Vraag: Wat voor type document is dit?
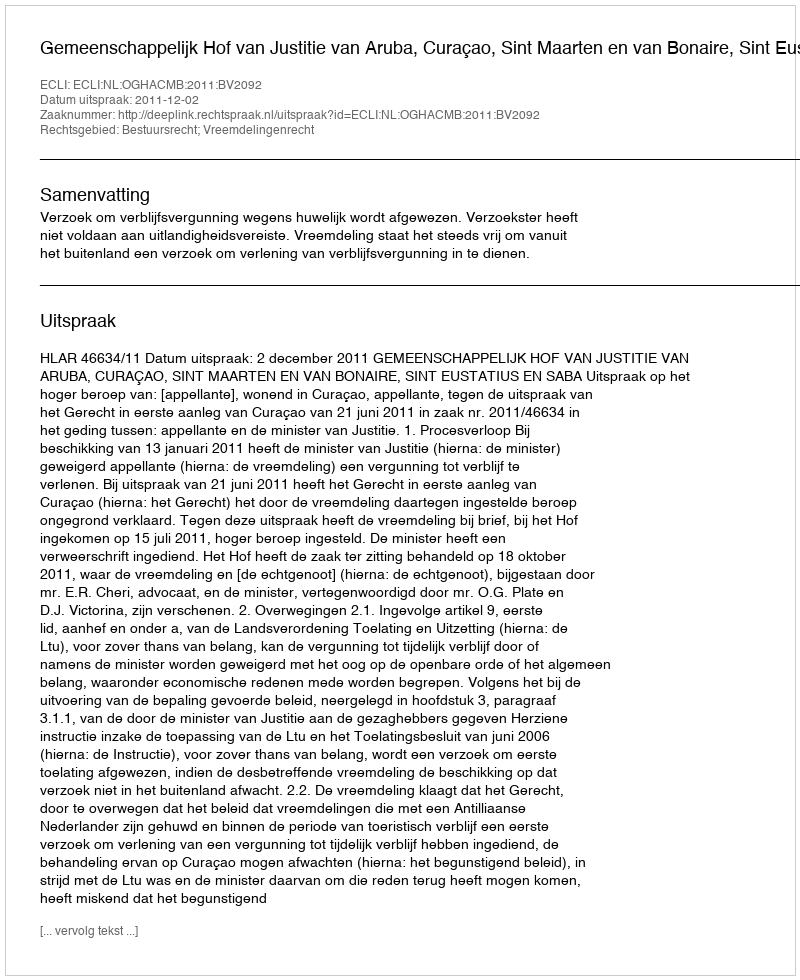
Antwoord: Uitspraak